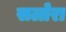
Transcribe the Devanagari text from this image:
सलोरा